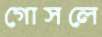
গোসলে